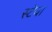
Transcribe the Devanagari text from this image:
स्टेवा